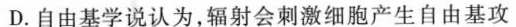
D.自由基学说认为，辐射会刺激细胞产生自由基攻